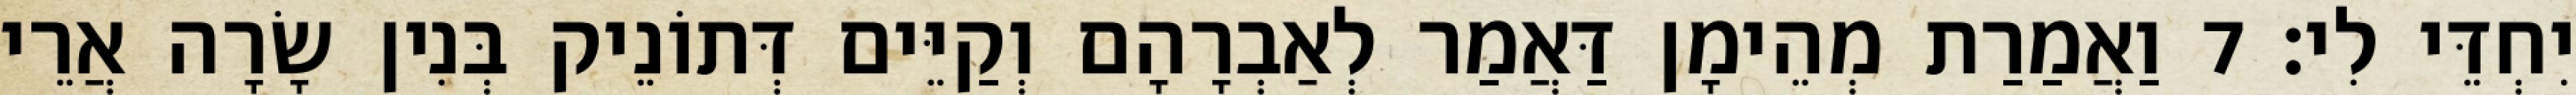
יִחְדֵּי לִי׃ 7 וַאֲמַרַת מְהֵימָן דַּאֲמַר לְאַבְרָהָם וְקַיֵּים דְּתוֹנֵיק בְּנִין שָׂרָה אֲרֵי